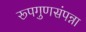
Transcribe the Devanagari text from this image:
रूपगुणसंपन्ना